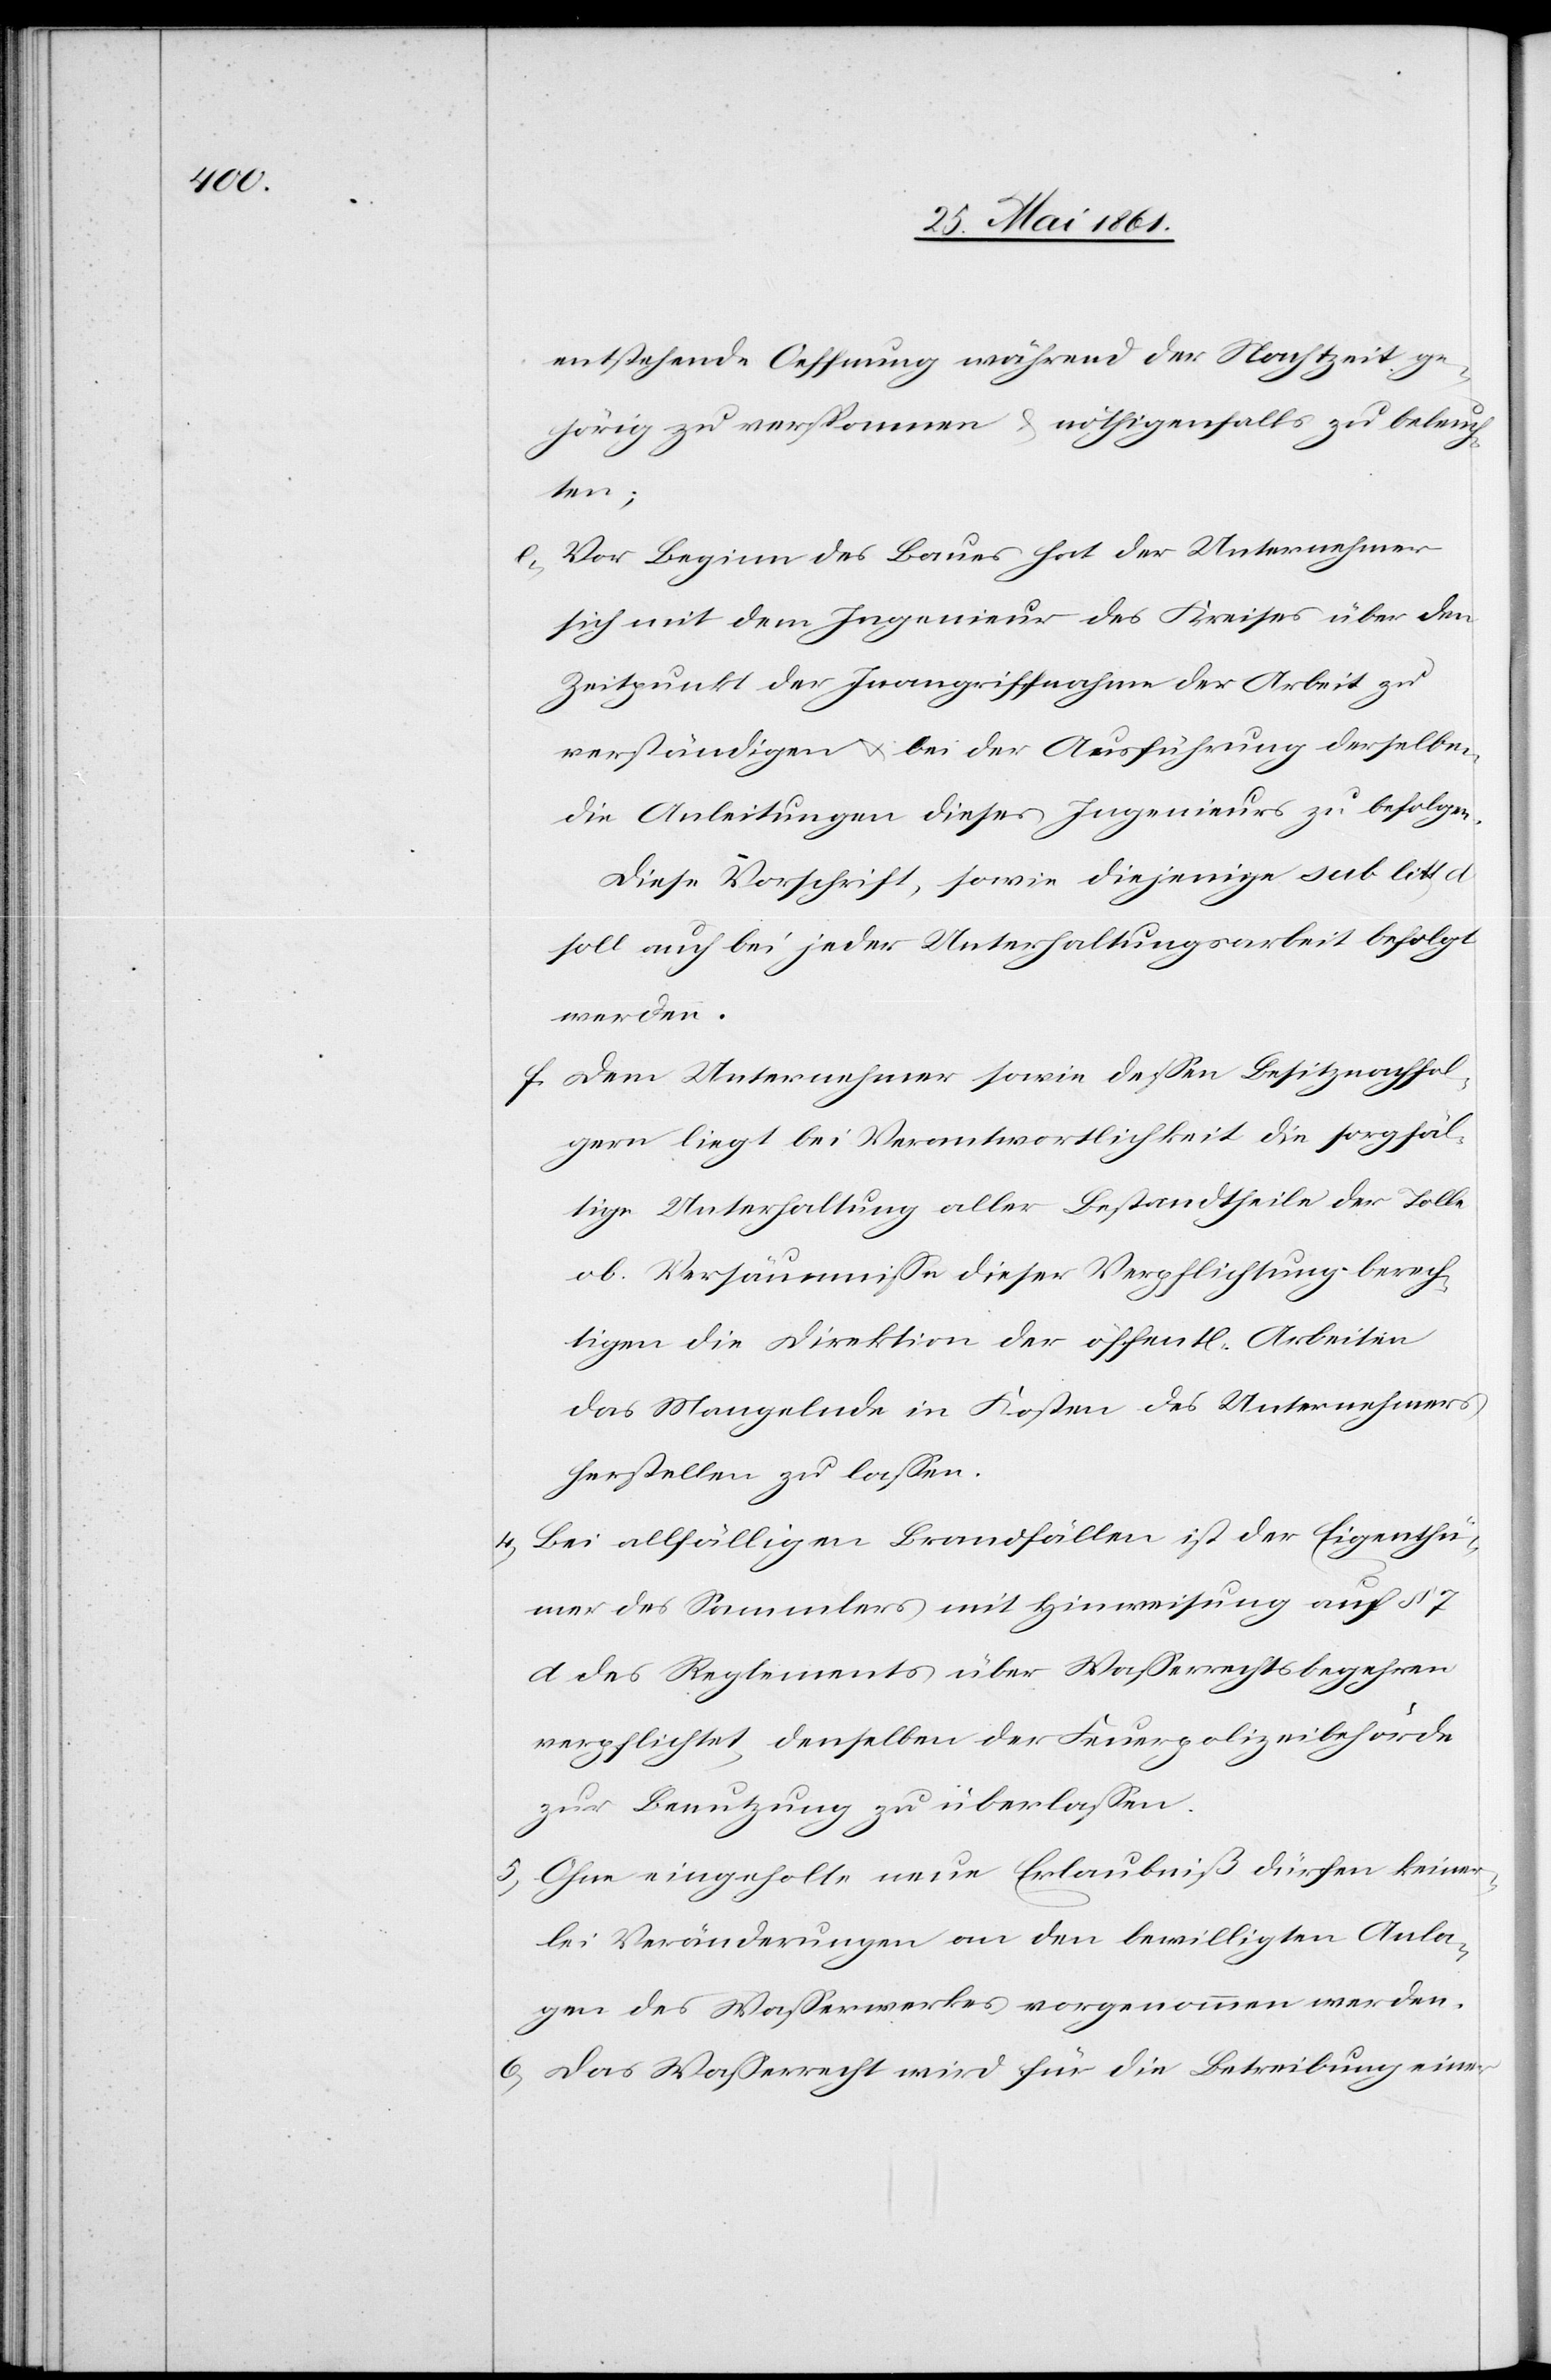
entstehende Oeffnung während der Nachtzeit ge¬
hörig zu verspannen u. nöthigenfalls zu beleuch¬
ten;
e. Vor Beginn des Baues hat der Unternehmer
sich mit dem Ingenieur des Kreises über den
Zeitpunkt der Inangriffnahme der Arbeit zu
verständigen u. bei der Ausführung derselben,
die Anleitungen dieses Ingenieurs zu befolgen.
Diese Vorschrift, sowie diejenige sub litt.
soll auch bei jeder Unterhaltungsarbeit befolgt
werden.
f. Dem Unternehmer sowie dessen Besitznachfol¬
gern liegt bei Verantwortlichkeit die sorgfäl¬
tige Unterhaltung aller Bestandtheile der Tolle
ob. Versäumnisse dieser Verpflichtung berech¬
tigen die Direktion der öffent[lichen] Arbeiten
das Mangelnde in Kosten des Unternehmers
herstellen zu lassen.
4) Bei allfälligen Brandfällen ist der Eigenthü¬
mer des Sammlers mit Hinweisung auf § 7
d des Reglements über Wasserrechtsbegehren
verpflichtet, denselben der Feuerpolizeibehörde
zur Benutzung zu überlassen.
5) Ohne eingeholte neue Erlaubniß dürfen keiner¬
lei Veränderungen an den bewilligten Anla¬
gen des Wasserwerkes vorgenommen werden.
6) Das Wasserrecht wird für die Betreibung einer